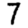
Digit: 7